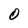
Character: 0